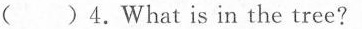
( )4.What is in the tree?